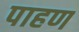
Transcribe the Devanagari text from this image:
पाहण